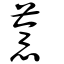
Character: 薏